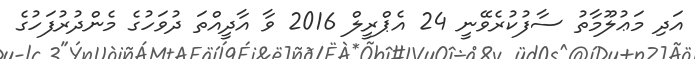
އަދި މަޢުލޫމާތު ސާފުކުރެވޭނީ 24 އެޕްރީލް 2016 ވާ އާދީއްތަ ދުވަހުގެ މެންދުރުފަހުގެ